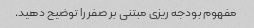
مفهوم بودجه ریزی مبتنی بر صفر را توضیح دهید.